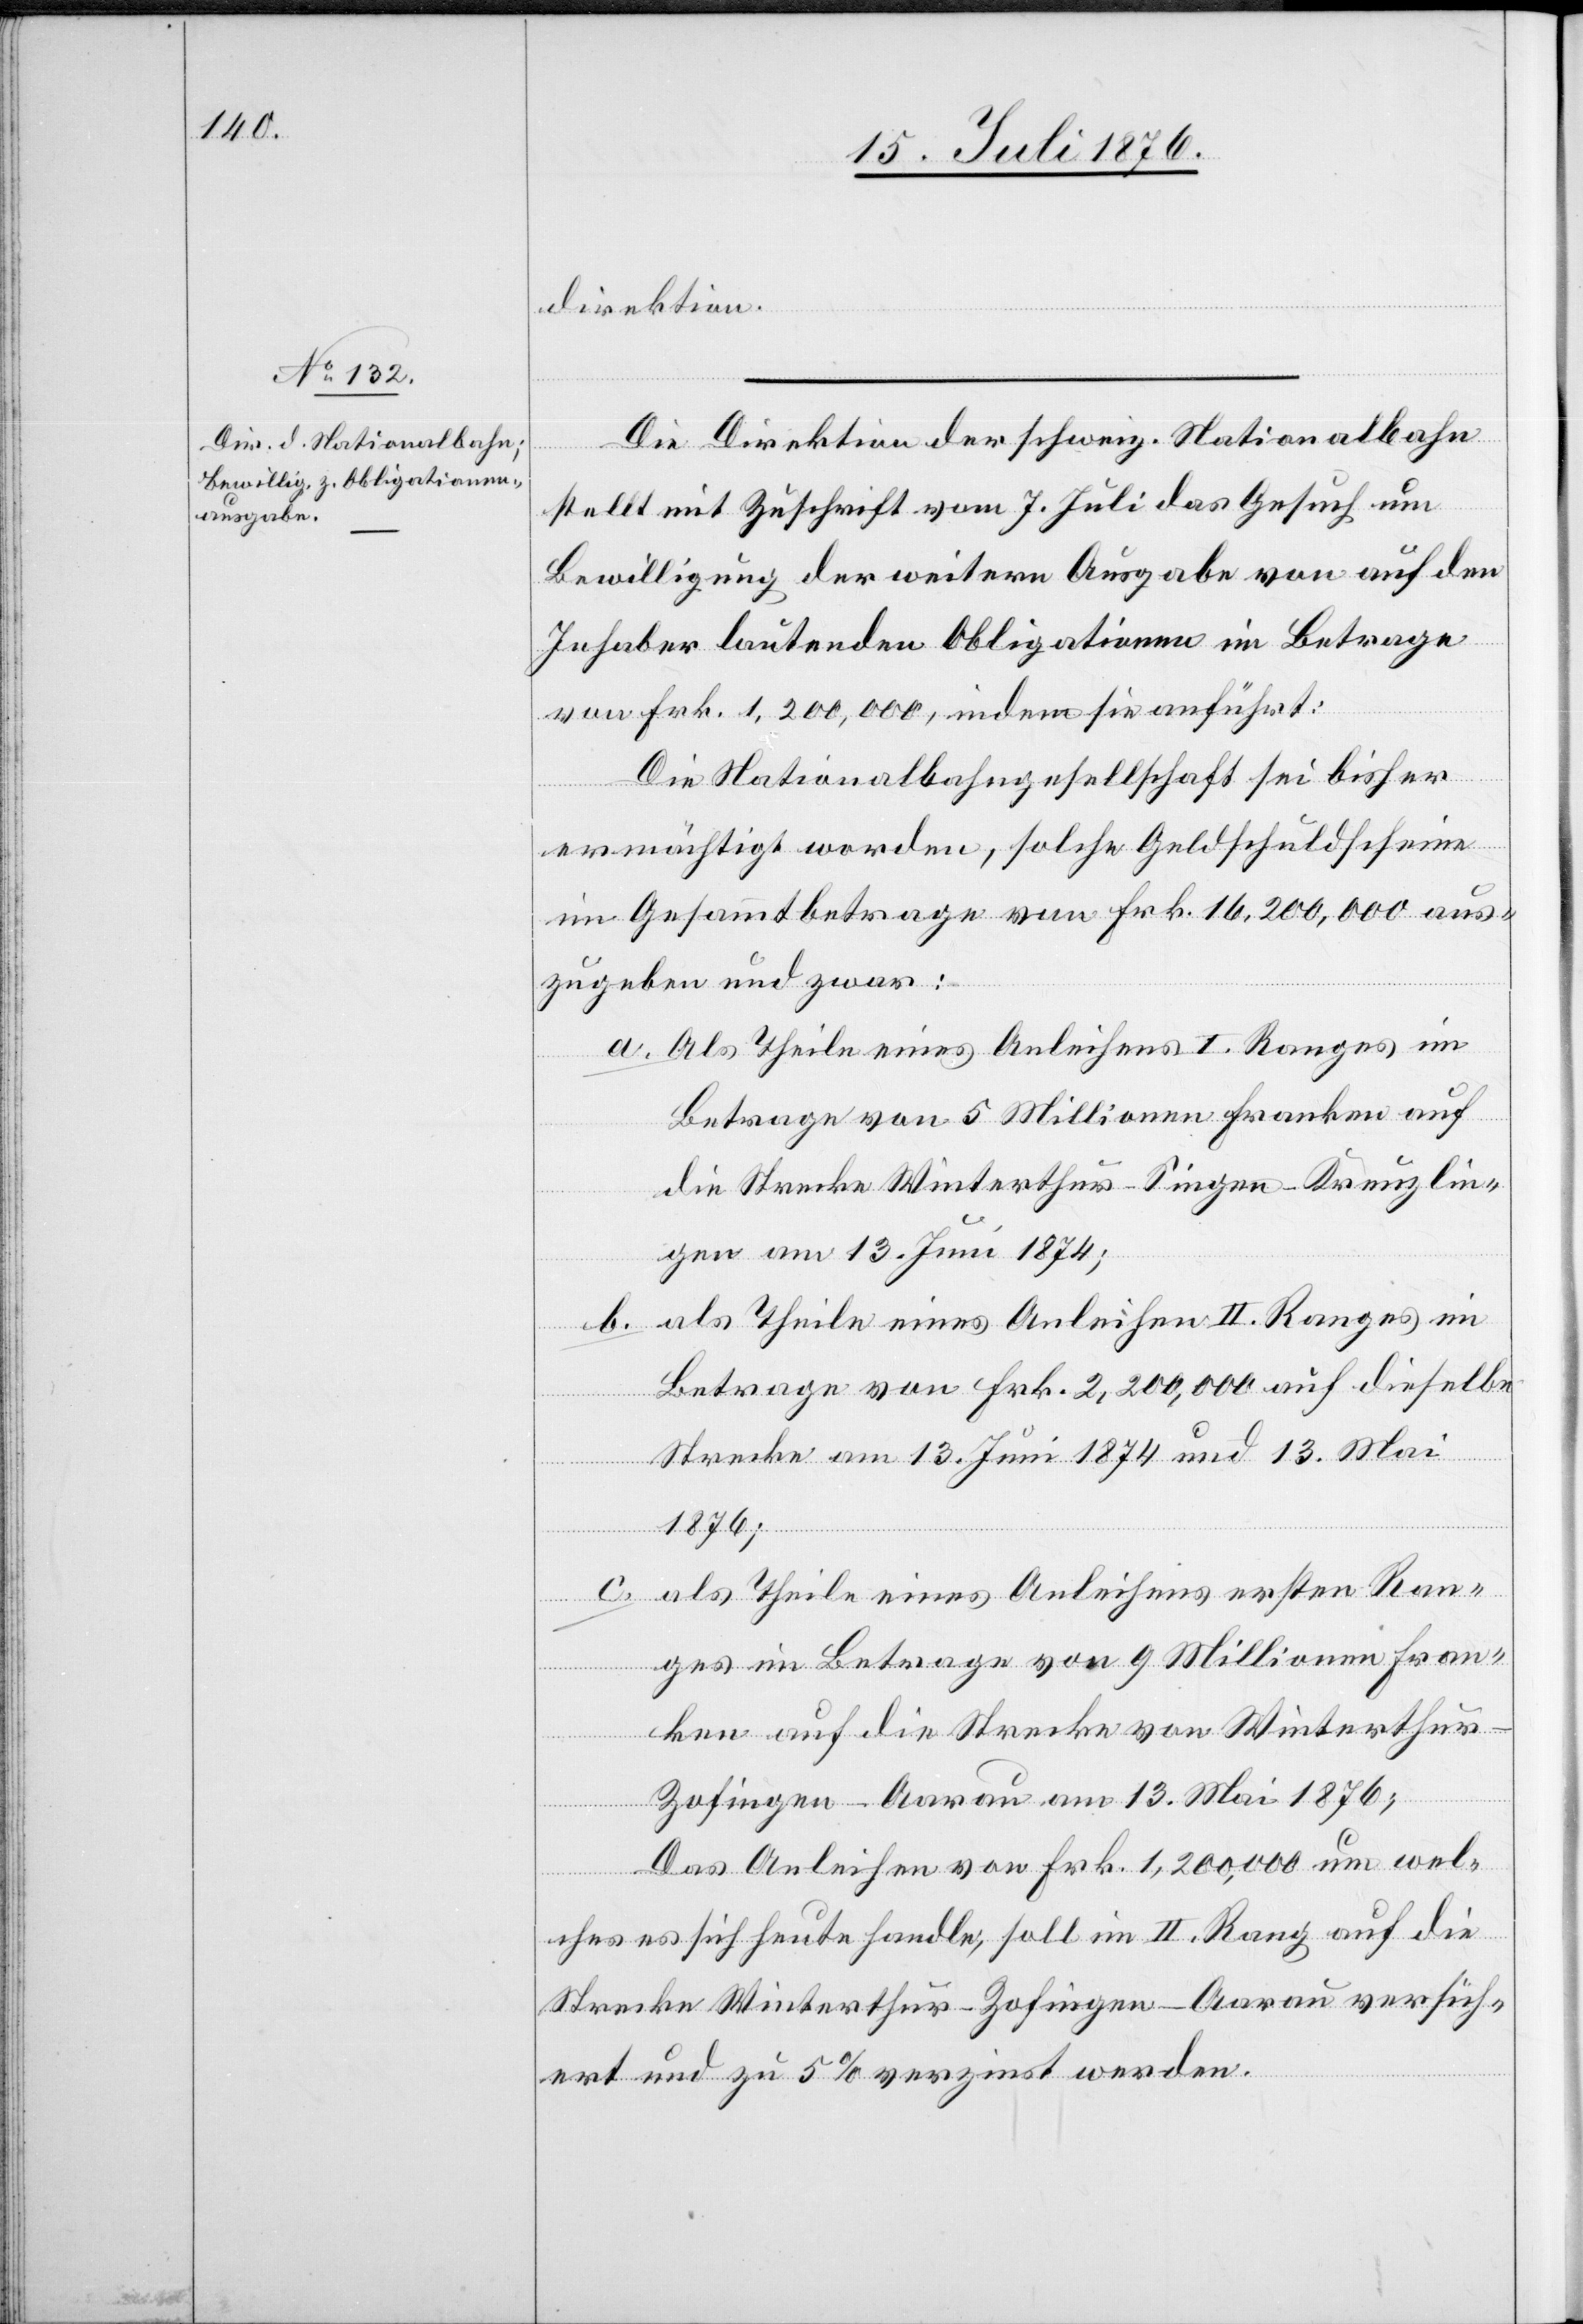
der Nationalbahn

Direktion
stellt mit Zuschrift vom 7. Juli das Gesuch um
Bewilligung der weitern Ausgabe von auf den
Inhaber lautenden Obligationen im Betrage
von Frk. 1,200,000, indem sie anführt:
Die Nationalbahngesellschaft sei bisher
ermächtigt worden, solche Geldschuldscheine
im Gesammtbetrage von Frk. 16,200,000 aus¬
zugeben und zwar:
a. Als Theile eines Anleihens I. Ranges im
Betrage von 5 Millionen Franken auf
die Strecke Winterthur–Singen–Kreuzlin¬
gen am 13. Juni 1874;
b. als Theile eines Anleihen II. Ranges im
Betrage von Frk. 2,200,000 auf dieselbe
Strecke am 13. Juni 1874 und 13. Mai
1876;
c. als Theile eines Anleihens ersten Ran¬
ges im Betrage von 9 Millionen Fran¬
ken auf die Strecke von Winterthu¬
r–Zofingen–Aarau am 13. Mai 1876;
Das Anleihen von Frk. 1,200,000 um wel¬
Die
ches es sich heute handle, soll im II. Rang auf die
Strecke Winterthur–Zofingen–Aarau versich¬
ert und zu 5 % verzinst werden.